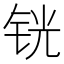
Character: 𰽵